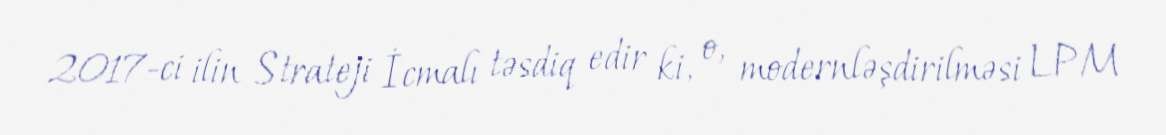
2017-ci ilin Strateji İcmalı təsdiq edir ki, o, modernləşdirilməsi LPM